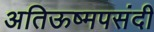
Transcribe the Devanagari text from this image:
अतिऊष्मपसंदी